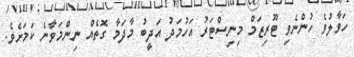
ހަވާލުވެ ހުންނެވި ޓޫރިޒަމް މިނިސްޓަރު އަހުމަދު އަދީބު މާދަމާ ގޮތެއް ނިންމަވާނެ ކަމަށެވެ.